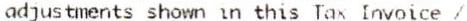
ADJUSTMENTS SHOWN IN THIS TAX INVOICE /